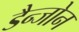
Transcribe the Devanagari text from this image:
डैन्जोन